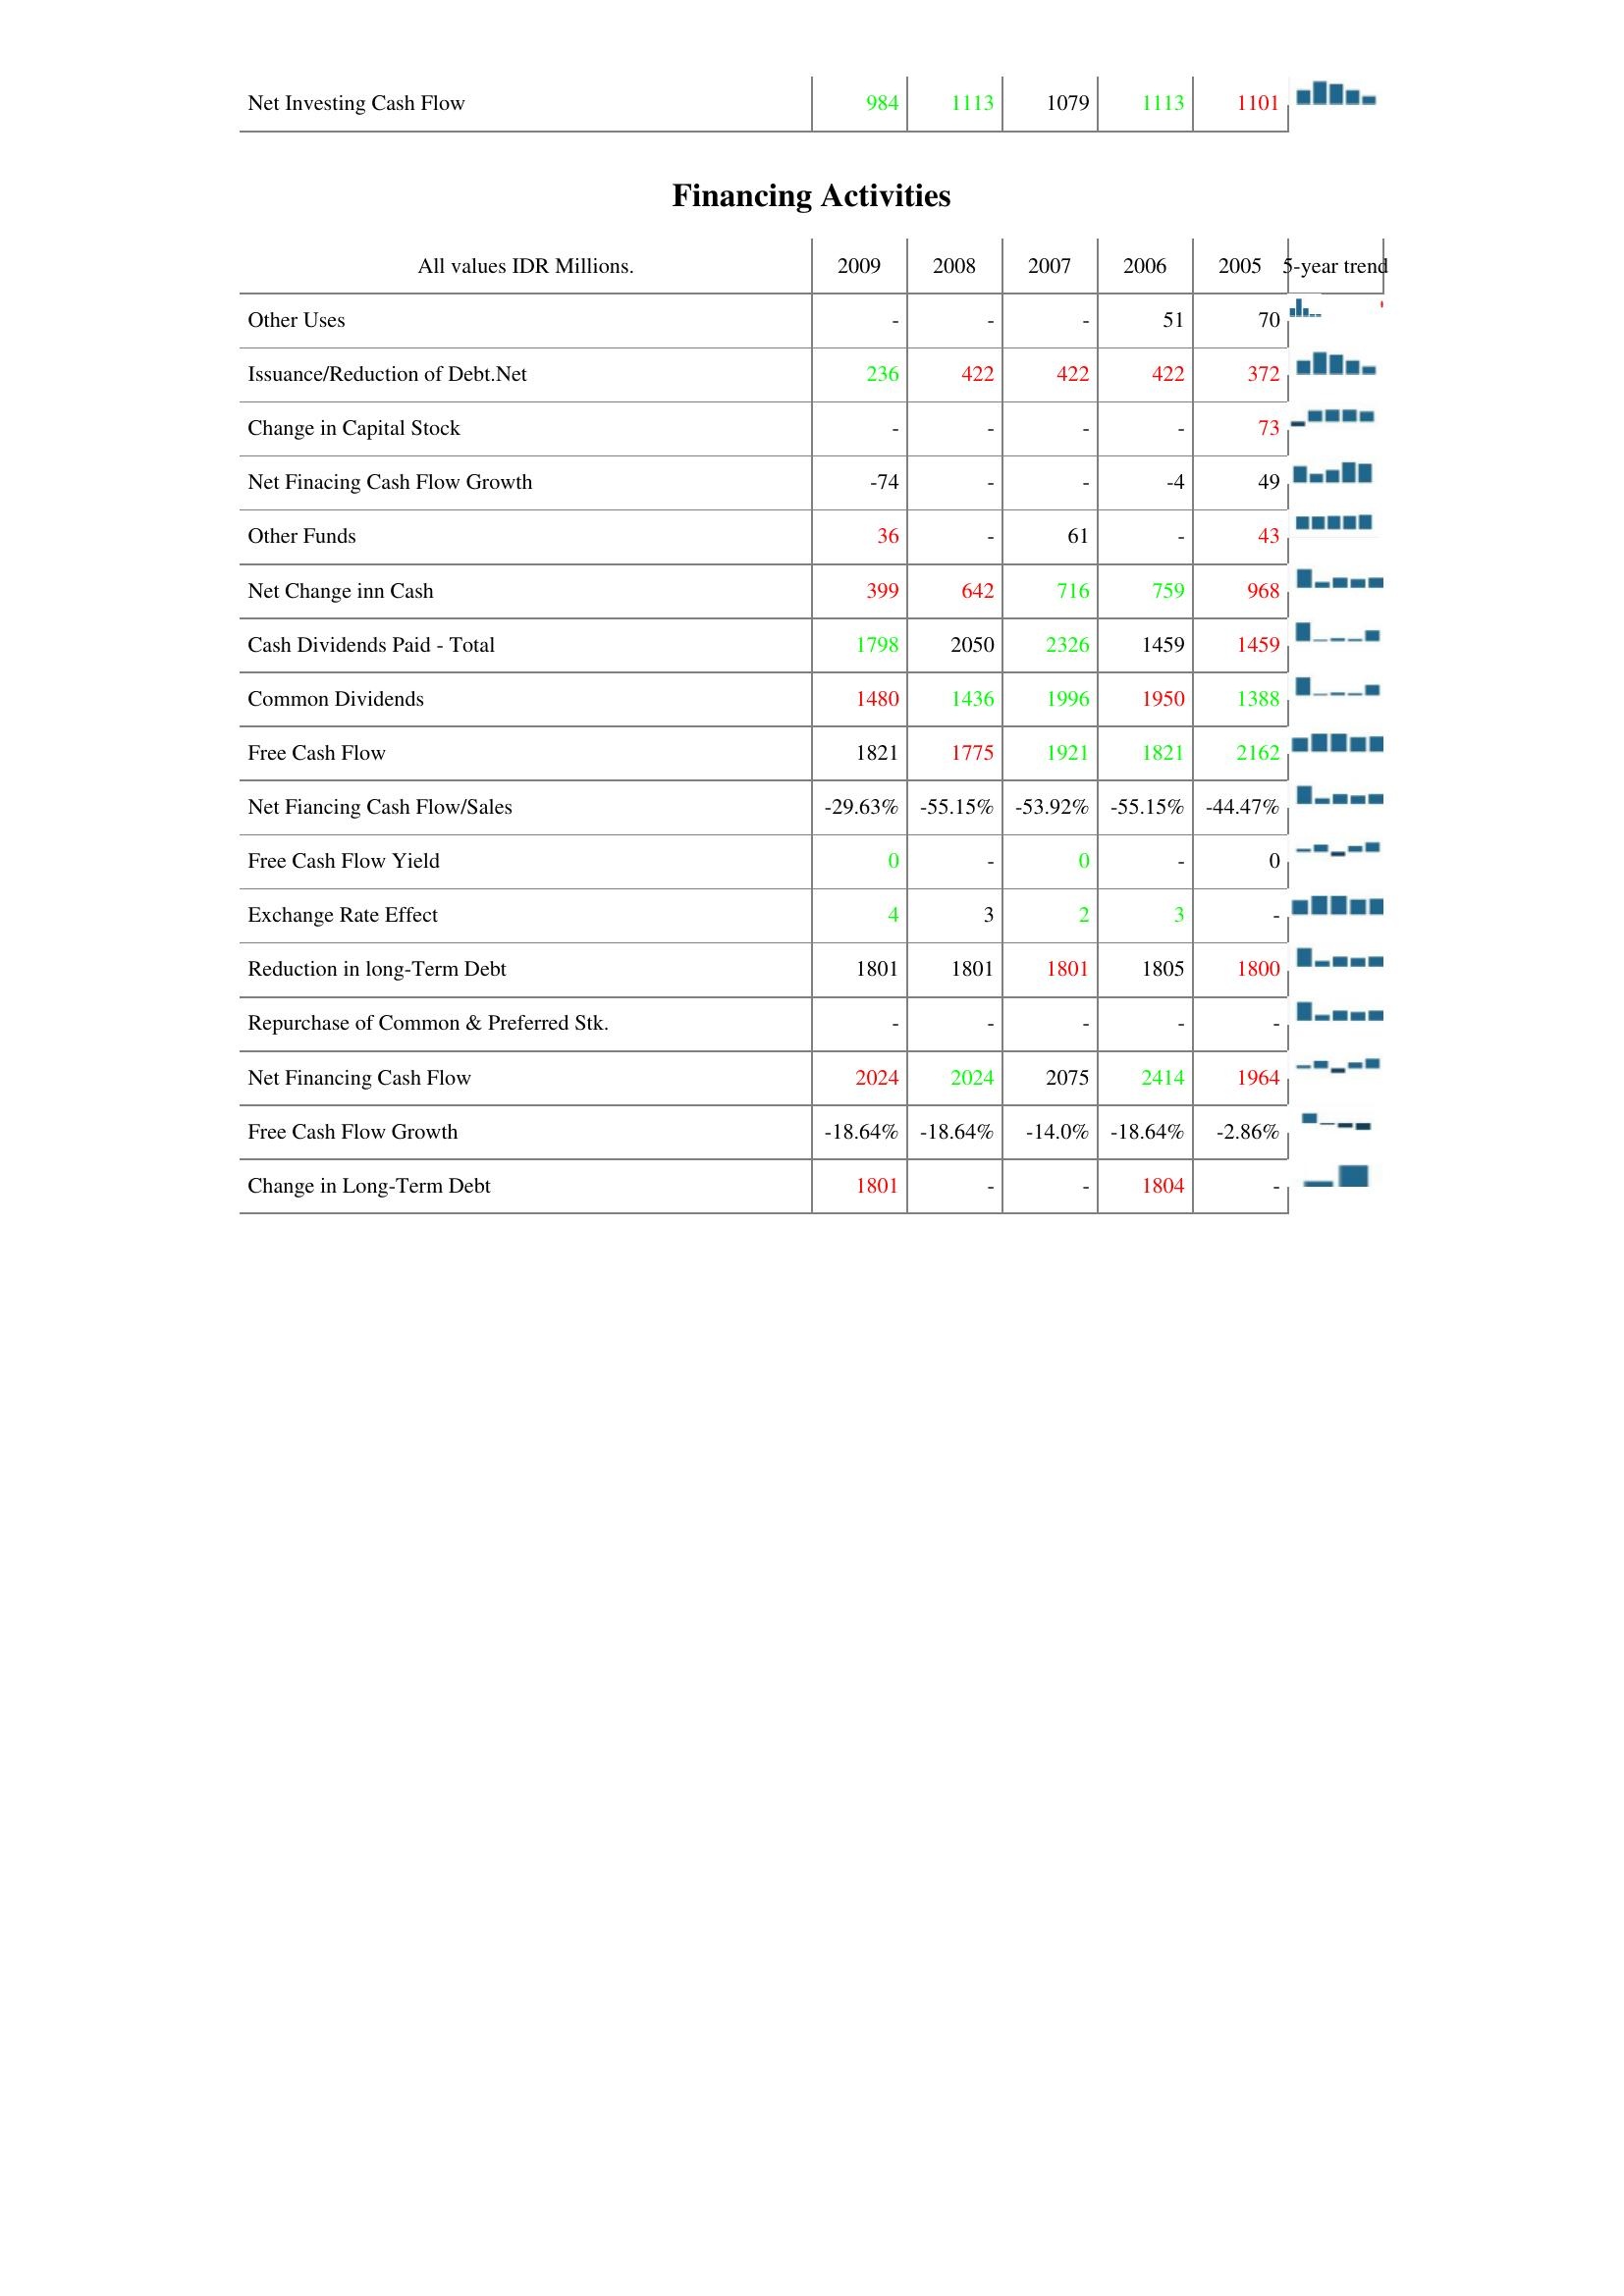
2009: Investing Activities: Net Investing Cash Flow: 984
Financing Activities: Other Uses: -
Issuance/Reduction of Debt.Net: 236
Change in Capital Stock: -
Net Finacing Cash Flow Growth: -74
Other Funds: 36
Net Change inn Cash: 399
Cash Dividends Paid - Total: 1798
Common Dividends: 1480
Free Cash Flow: 1821
Net Fiancing Cash Flow/Sales: -29.63%
Free Cash Flow Yield: 0
Exchange Rate Effect: 4
Reduction in long-Term Debt: 1801
Repurchase of Common & Preferred Stk.: -
Net Financing Cash Flow: 2024
Free Cash Flow Growth: -18.64%
Change in Long-Term Debt: 1801
2008: Investing Activities: Net Investing Cash Flow: 1113
Financing Activities: Other Uses: -
Issuance/Reduction of Debt.Net: 422
Change in Capital Stock: -
Net Finacing Cash Flow Growth: -
Other Funds: -
Net Change inn Cash: 642
Cash Dividends Paid - Total: 2050
Common Dividends: 1436
Free Cash Flow: 1775
Net Fiancing Cash Flow/Sales: -55.15%
Free Cash Flow Yield: -
Exchange Rate Effect: 3
Reduction in long-Term Debt: 1801
Repurchase of Common & Preferred Stk.: -
Net Financing Cash Flow: 2024
Free Cash Flow Growth: -18.64%
Change in Long-Term Debt: -
2007: Investing Activities: Net Investing Cash Flow: 1079
Financing Activities: Other Uses: -
Issuance/Reduction of Debt.Net: 422
Change in Capital Stock: -
Net Finacing Cash Flow Growth: -
Other Funds: 61
Net Change inn Cash: 716
Cash Dividends Paid - Total: 2326
Common Dividends: 1996
Free Cash Flow: 1921
Net Fiancing Cash Flow/Sales: -53.92%
Free Cash Flow Yield: 0
Exchange Rate Effect: 2
Reduction in long-Term Debt: 1801
Repurchase of Common & Preferred Stk.: -
Net Financing Cash Flow: 2075
Free Cash Flow Growth: -14.0%
Change in Long-Term Debt: -
2006: Investing Activities: Net Investing Cash Flow: 1113
Financing Activities: Other Uses: 51
Issuance/Reduction of Debt.Net: 422
Change in Capital Stock: -
Net Finacing Cash Flow Growth: -4
Other Funds: -
Net Change inn Cash: 759
Cash Dividends Paid - Total: 1459
Common Dividends: 1950
Free Cash Flow: 1821
Net Fiancing Cash Flow/Sales: -55.15%
Free Cash Flow Yield: -
Exchange Rate Effect: 3
Reduction in long-Term Debt: 1805
Repurchase of Common & Preferred Stk.: -
Net Financing Cash Flow: 2414
Free Cash Flow Growth: -18.64%
Change in Long-Term Debt: 1804
2005: Investing Activities: Net Investing Cash Flow: 1101
Financing Activities: Other Uses: 70
Issuance/Reduction of Debt.Net: 372
Change in Capital Stock: 73
Net Finacing Cash Flow Growth: 49
Other Funds: 43
Net Change inn Cash: 968
Cash Dividends Paid - Total: 1459
Common Dividends: 1388
Free Cash Flow: 2162
Net Fiancing Cash Flow/Sales: -44.47%
Free Cash Flow Yield: 0
Exchange Rate Effect: -
Reduction in long-Term Debt: 1800
Repurchase of Common & Preferred Stk.: -
Net Financing Cash Flow: 1964
Free Cash Flow Growth: -2.86%
Change in Long-Term Debt: -